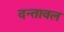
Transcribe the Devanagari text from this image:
दन्तावल